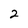
Character: 2